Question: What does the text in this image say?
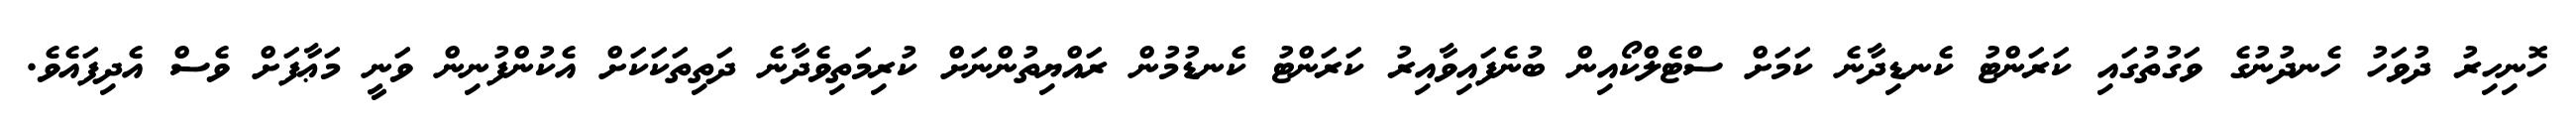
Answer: ހޮނިހިރު ދުވަހު ހެނދުނުގެ ވަގުތުގައި ކަރަންޓު ކެނޑިދާނެ ކަމަށް ސްޓެލްކޯއިން ބުނެފައިވާއިރު ކަރަންޓު ކެނޑުމުން ރައްޔިތުންނަށް ކުރިމަތިވެދާނެ ދަތިތަކަކަށް އެކުންފުނިން ވަނީ މަޢާފަށް ވެސް އެދިފައެވެ.